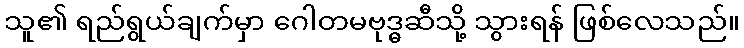
သူ၏ ရည်ရွယ်ချက်မှာ ဂေါတမဗုဒ္ဓဆီသို့ သွားရန် ဖြစ်လေသည်။